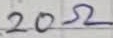
Text: 20Ω